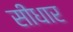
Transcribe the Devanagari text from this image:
सीधार